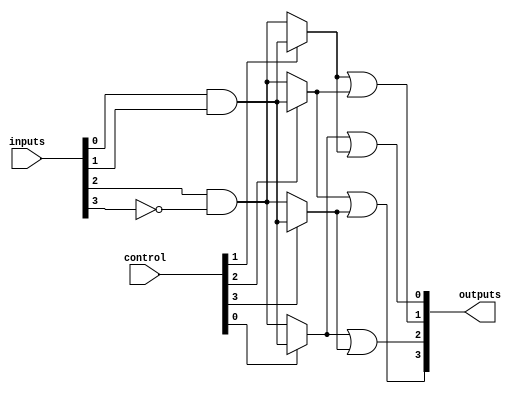
module FusedPAL (
    input wire [N-1:0] inputs,       // N input signals
    input wire [M-1:0] control,      // Control signals for programming AND array
    output wire [P-1:0] outputs       // P output signals
);
    parameter N = 8;                  // Number of inputs
    parameter M = 4;                  // Number of programmable AND terms
    parameter P = 4;                  // Number of outputs

    // Programmable AND array
    wire [M-1:0] and_outputs;         // Outputs from AND gates

    // Example of programmable AND gates
    genvar i;
    generate
        for (i = 0; i < M; i = i + 1) begin : and_array
            // Each AND gate can be programmed using control signals
            assign and_outputs[i] = (control[i] == 1'b1) ? 
                (inputs[0] & inputs[1]) : // Example combination
                (inputs[2] & ~inputs[3]); // Another example combination
        end
    endgenerate

    // Fixed OR array
    assign outputs[0] = and_outputs[0] | and_outputs[1]; // Output 1
    assign outputs[1] = and_outputs[1] | and_outputs[2]; // Output 2
    assign outputs[2] = and_outputs[0] | and_outputs[3]; // Output 3
    assign outputs[3] = and_outputs[2] | and_outputs[3]; // Output 4

endmodule